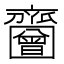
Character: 𪗐